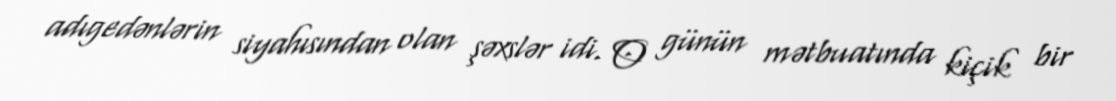
adıgedənlərin siyahısından olan şəxslər idi. O günün mətbuatında kiçik bir